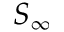
S _ { \infty }